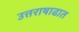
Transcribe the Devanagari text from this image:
उत्तराषाढात